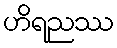
ဟိရညဿ